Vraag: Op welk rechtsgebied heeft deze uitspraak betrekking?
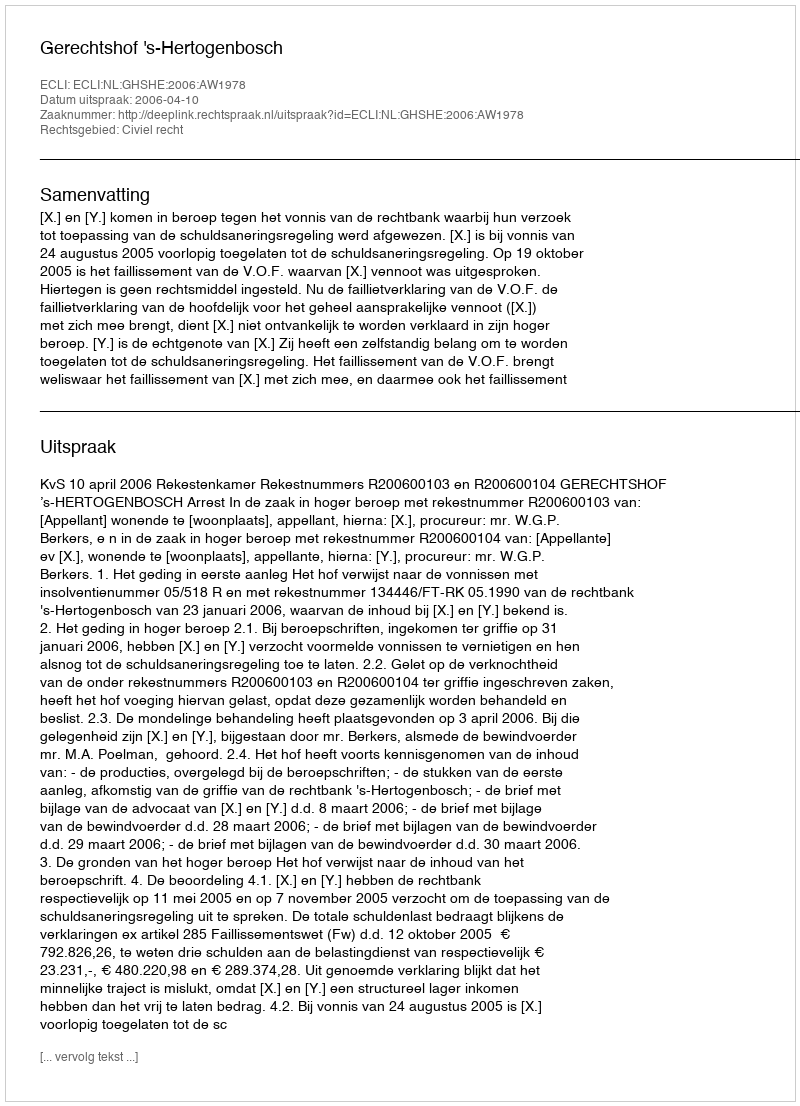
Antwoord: Civiel recht